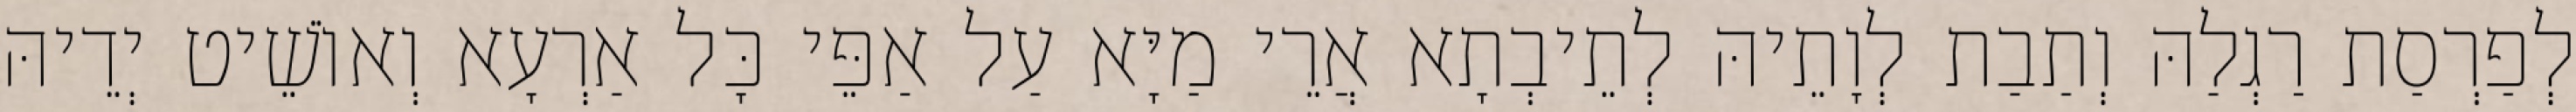
לְפַרְסַת רַגְלַהּ וְתַבַת לְוָתֵיהּ לְתֵיבְתָא אֲרֵי מַיָּא עַל אַפֵּי כָּל אַרְעָא וְאוֹשֵׁיט יְדֵיהּ